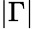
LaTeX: \vert\Gamma\vert